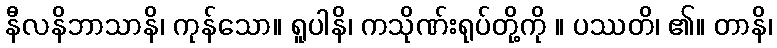
နီလနိဘာသာနိ၊ ကုန်သော။ ရူပါနိ၊ ကသိုဏ်းရုပ်တို့ကို ။ ပဿတိ၊ ၏။ တာနိ၊